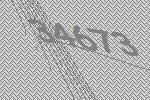
34673